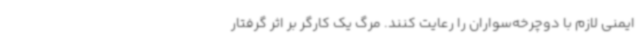
ایمنی لازم با دوچرخه‌سواران را رعایت کنند. مرگ یک کارگر بر اثر گرفتار